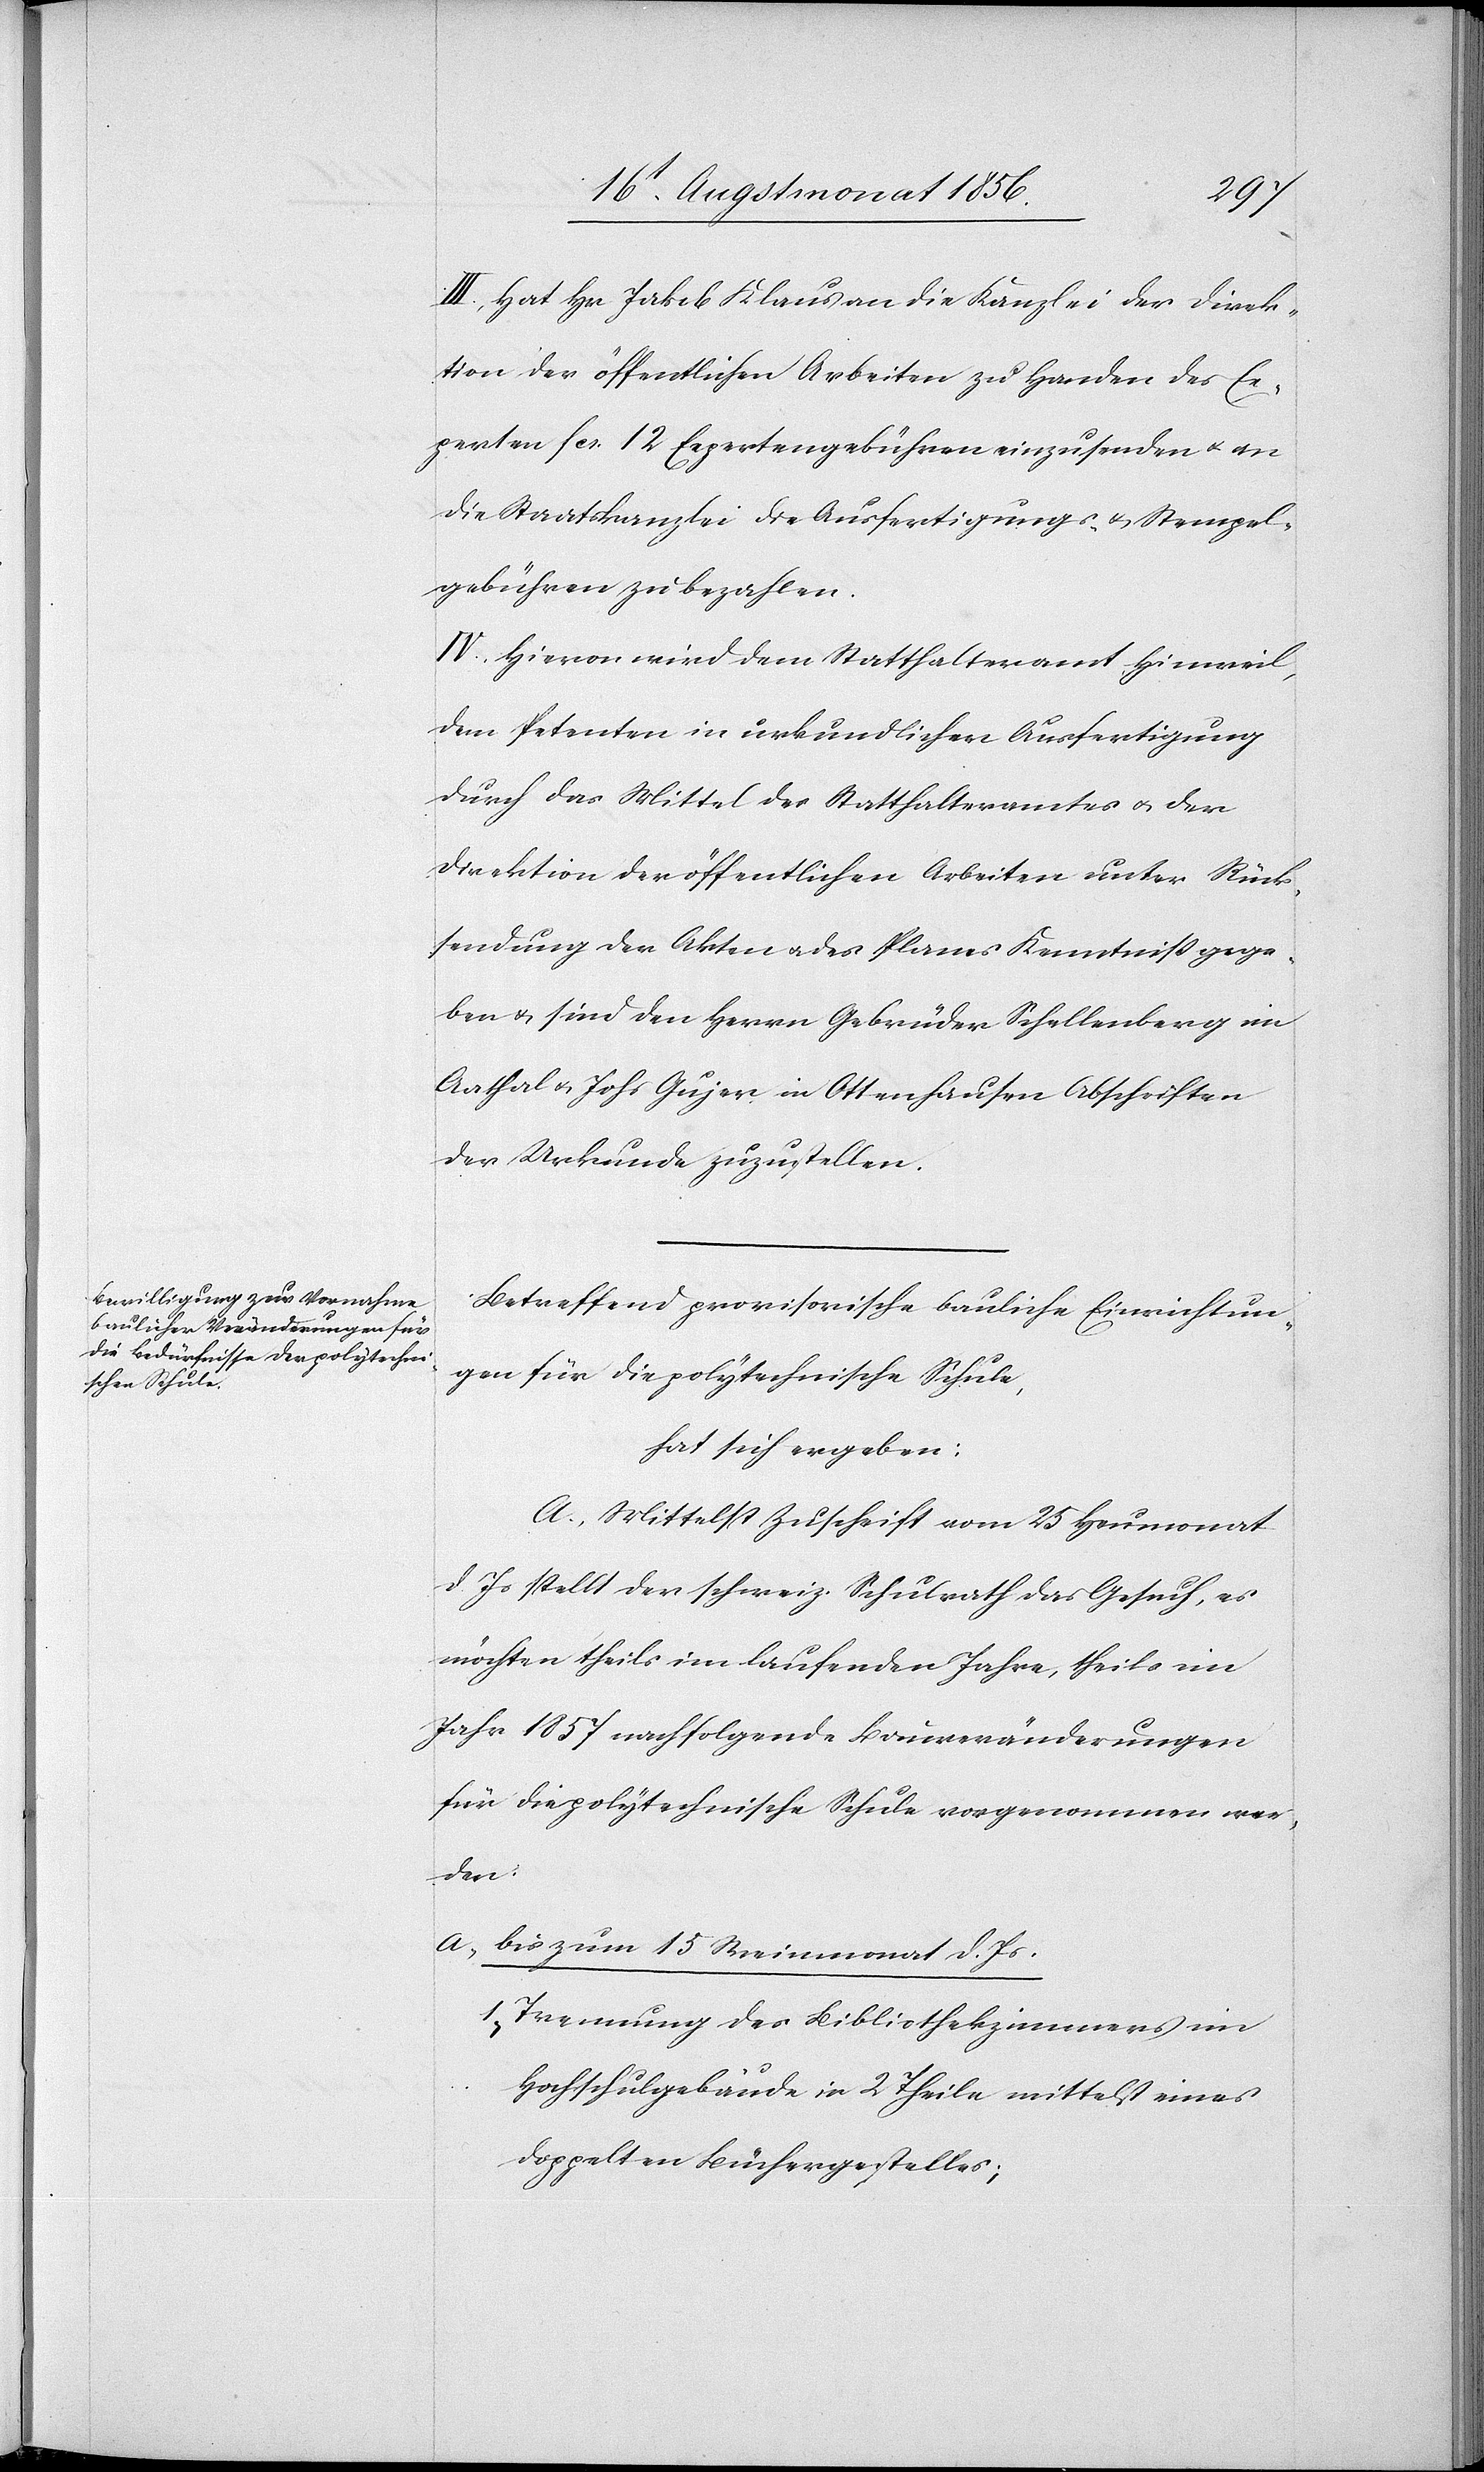
III.) Hat Hr Jakob Klaus an die Kanzlei der Direk¬
tion der öffentlichen Arbeiten zu Handen des Ex¬
perten fcs. 12 Expertengebühren einzusenden u. an
die Staatskanzlei die Ausfertigungs- u. Stempel¬
gebühren zu bezahlen.
IV.) Hievon wird dem Statthalteramt Hinweil,
dem Petenten in urkundlicher Ausfertigung
durch das Mittel des Statthalteramtes u. der
Direktion der öffentlichen Arbeiten unter Rück¬
sendung der Akten u. des Planes Kenntniss gege¬
ben u. sind den Herrn Gebrüder Schellenberg in
Aathal u. Johs Gujer in Ottenhausen Abschriften
der Urkunde zuzustellen.
Betreffend provisorische bauliche Einrichtun¬
gen für die polytechnische Schule,
hat sich ergeben:
A.) Mittelst Zuschrift vom 25 Heumonat
d. Js stellt der schweiz. Schulrath das Gesuch, es
möchten theils im laufenden Jahre, theils im
Jahr 1857 nachfolgende Bauveränderungen
für die polytechnische Schule vorgenommen wer¬
den:
a.) bis zum 15 Weinmonat d. Js.
1.) Trennung des Bibliothekzimmers im
Hochschulgebäude in 2 Theile mittelst eines
doppelten Büchergestelles;